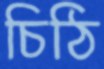
চিঠি